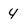
Character: 4